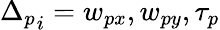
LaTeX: {\Delta_{p}}_{i}=w_{px},w_{py},\tau_{p}